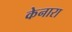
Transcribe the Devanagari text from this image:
केनारा